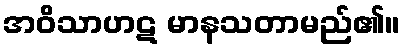
အဝိသာဟဋ မာနသတာမည်၏။